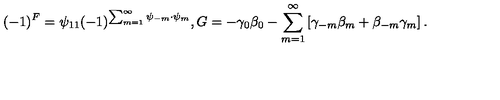
( - 1 ) ^ { F } = \psi _ { 1 1 } ( - 1 ) ^ { \sum _ { m = 1 } ^ { \infty } \psi _ { - m } \cdot \psi _ { m } } , { G } = - \gamma _ { 0 } \beta _ { 0 } - \sum _ { m = 1 } ^ { \infty } \left[ \gamma _ { - m } \beta _ { m } + \beta _ { - m } \gamma _ { m } \right] .